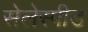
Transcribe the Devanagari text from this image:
सेलेस्पीड